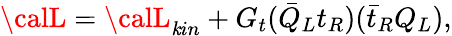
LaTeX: {\calL}={\calL}_{\mathit{k}in}+G_{t}({\bar{{Q}}}_{L}t_{R})({\bar{{t}}}_{R}Q_{L}),